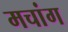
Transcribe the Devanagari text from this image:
मचांग